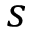
s